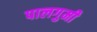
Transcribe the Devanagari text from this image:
पालगुमी